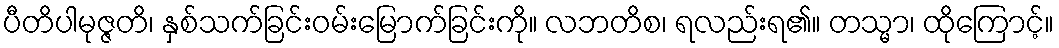
ပီတိပါမုဇ္ဇတိ၊ နှစ်သက်ခြင်းဝမ်းမြောက်ခြင်းကို။ လဘတိစ၊ ရလည်းရ၏။ တသ္မာ၊ ထိုကြောင့်။